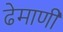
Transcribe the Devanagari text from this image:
ढेमाणी